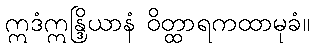
ဣဒံဣန္ဒြိယာနံ ဝိတ္ထာရကထာမုခံ။